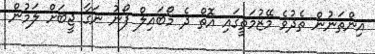
އިންތަނުން ތެދުވެ މޭޒުމަތީގައި އޮތް ދެ މޯބައިލް ފޯނު ނަގާ ޖީބަށް ލަމުން